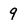
Character: 9